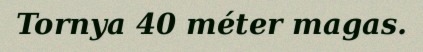
Tornya 40 méter magas.